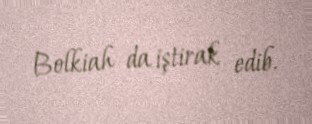
Bolkiah da iştirak edib.